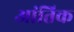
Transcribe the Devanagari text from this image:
आंतिक